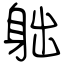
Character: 䠳